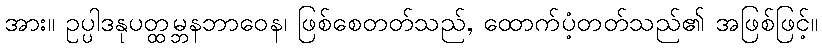
အား။ ဥပ္ပါဒနုပတ္ထမ္ဘနဘာဝေန၊ ဖြစ်စေတတ်သည်, ထောက်ပံ့တတ်သည်၏ အဖြစ်ဖြင့်။